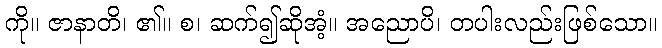
ကို။ ဇာနာတိ၊ ၏။ စ၊ ဆက်၍ဆိုအံ့။ အညောပိ၊ တပါးလည်းဖြစ်သော။